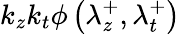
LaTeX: k_{z}k_{t}\phi\left(\lambda_{z}^{+},\lambda_{t}^{+}\right)